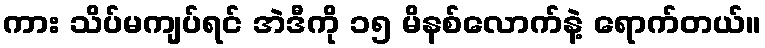
ကား သိပ်မကျပ်ရင် အဲဒီကို ၁၅ မိနစ်လောက်နဲ့ ရောက်တယ်။